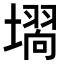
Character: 𭏵